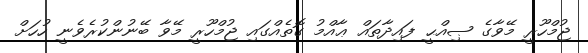
ޖުމްހޫރީ މޭވާގެ ޞިއްޙީ ފައިދާތައް ޢާއްމު ގޮތެއްގައި ޖުމްހޫރީ މޭވާ ބޭނުންކުރެވެނީ ހުހަށް